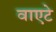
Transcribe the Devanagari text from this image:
वाएटे